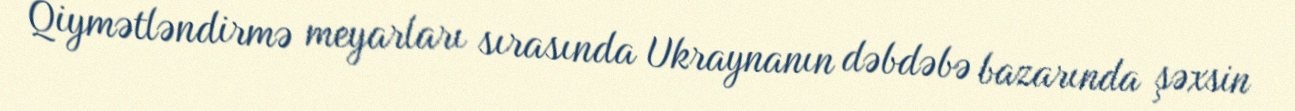
Qiymətləndirmə meyarları sırasında Ukraynanın dəbdəbə bazarında şəxsin